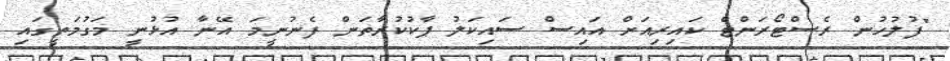
"ފުލުހުން ރެސްޓޯރަންޓް ކައިރިއަށް އައިސް ސައިކަލު ޕާކުކުރާތަން ފެނުނީމަ އޭނާ އުޅުނީ މަގުމަތީގައި